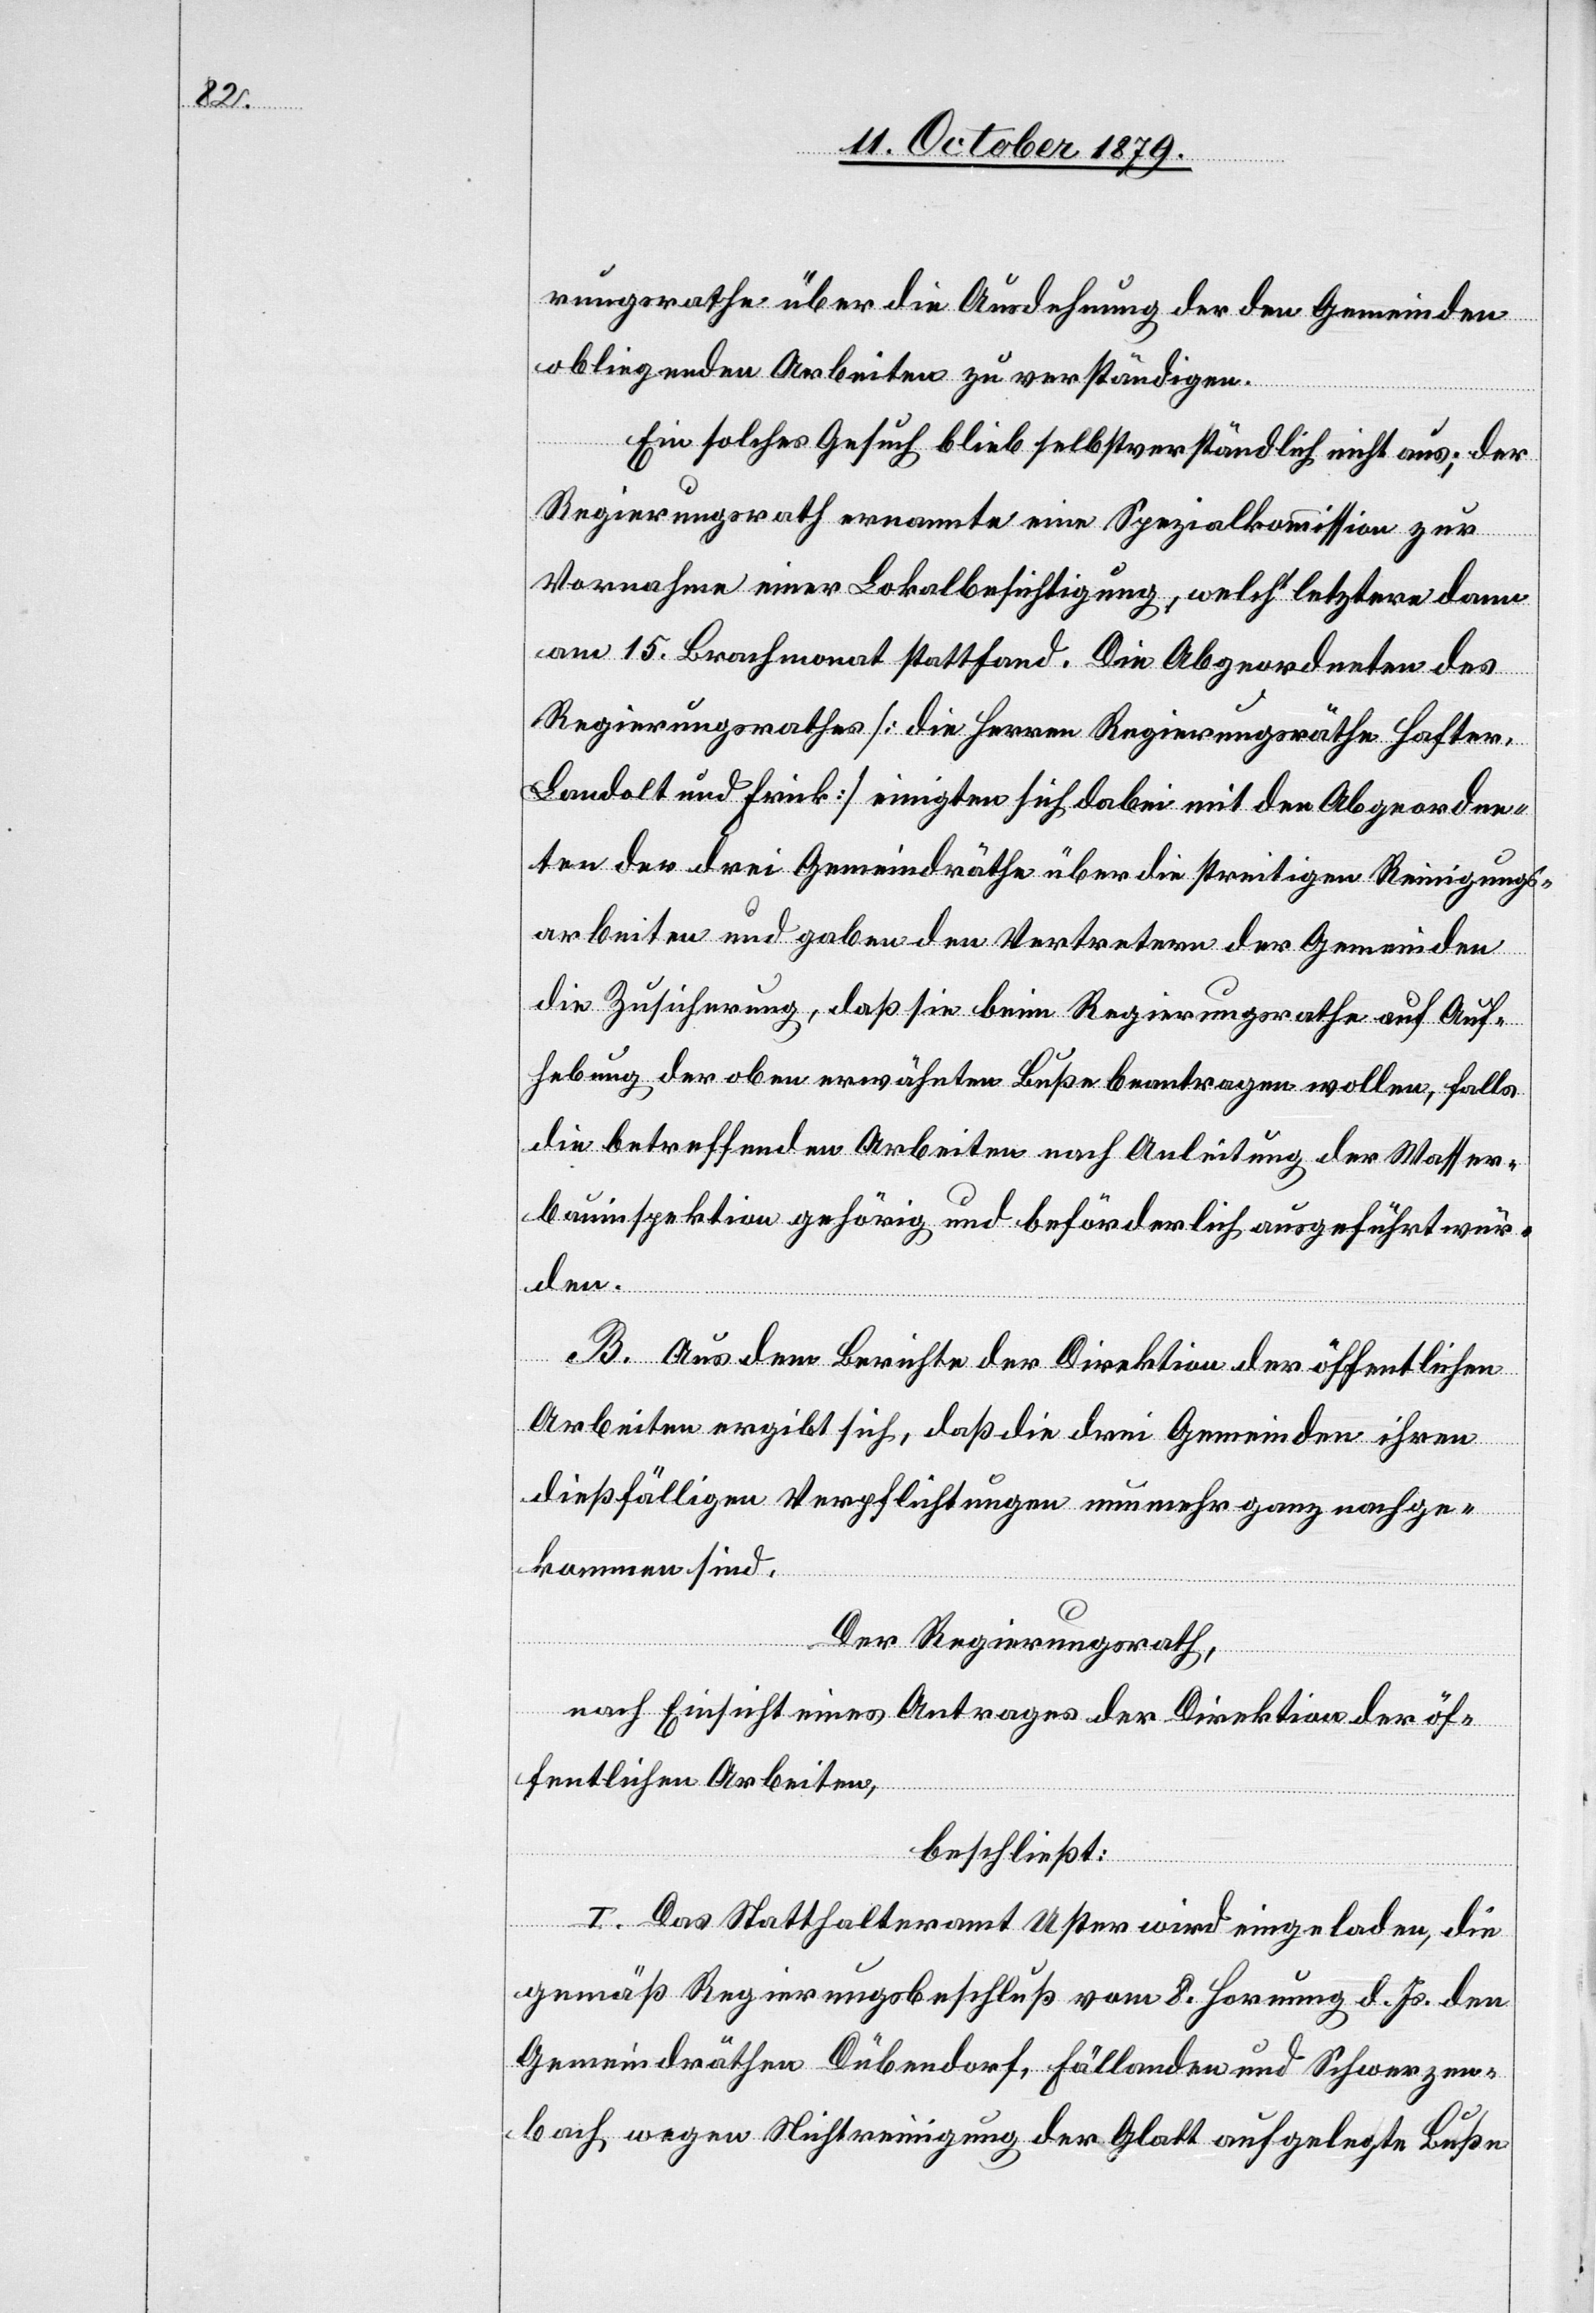
rungsrathe über die Ausdehnung der den Gemeinden
obliegenden Arbeiten zu verständigen.
Ein solches Gesuch blieb selbstverständlich nicht aus; der
Regierungsrath ernannte eine Spezialkommission zur
Vornahme einer Lokalbesichtigung welch’ letztere dann
am 15. Brachmonat stattfand. Die Abgeordneten des
Regierungsrathes [die Herren Regierungsräthe Hafter,
Landolt und Frick] einigten sich dabei mit den Abgeordne¬
ten der drei Gemeindräthe über die streitigen Reinigungs¬
arbeiten und gaben den Vertretern der Gemeinde
die Zusicherung, daß sie beim Regierungsrathe auf Auf¬
hebung der oben erwähnten Buße beantragen wollen, falls
die betreffenden Arbeiten nach Anleitung der Wasser¬
bauinspektion gehörig und beförderlich ausgeführt wer¬
den
B. Aus dem Berichte der Direktion der öffentlichen
Arbeiten ergibt sich, daß die drei Gemeinden ihren
dießfälligen Verpflichtungen nunmehr ganz nachge¬
kommen sind.
Der Regierungsrat,
nach Einsicht eines Antrages der Direktion der öf¬
fentlichen Arbeiten,
beschließt:
I. Das Statthalteramt Uster wird eingeladen, die
gemäß Regierungsbeschluß vom 8. Hornung d. Js. den
Gemeindräthen Dübendorf, Fällanden und Schwerzen¬
bach wegen Nichtreinigung der Glatt aufgelegte Buße